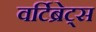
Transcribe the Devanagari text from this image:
वर्टिब्रेट्स